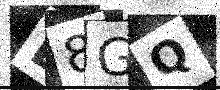
Text: L8GQ